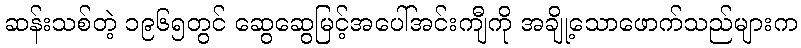
ဆန်းသစ်တဲ့ ၁၉၆၅တွင် ဆွေဆွေမြင့်အပေါ်အင်းကျီကို အချို့သောဖောက်သည်များက